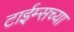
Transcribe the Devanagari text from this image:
टाईम्सच्या